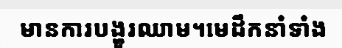
មានការបង្ហូរឈាម។មេដឹកនាំទាំង